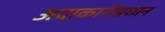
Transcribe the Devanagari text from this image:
अदाकारीप्रधान